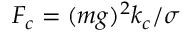
F _ { c } = ( m g ) ^ { 2 } k _ { c } / \sigma